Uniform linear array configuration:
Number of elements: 64
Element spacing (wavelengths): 0.5
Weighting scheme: uniform
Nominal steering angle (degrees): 0
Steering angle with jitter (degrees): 1.735
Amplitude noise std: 0.05
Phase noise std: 0.05

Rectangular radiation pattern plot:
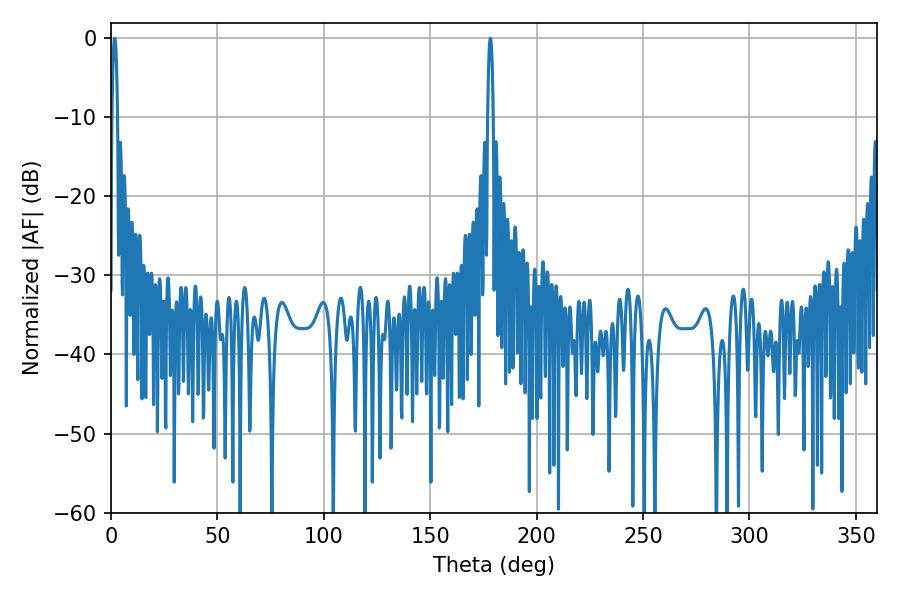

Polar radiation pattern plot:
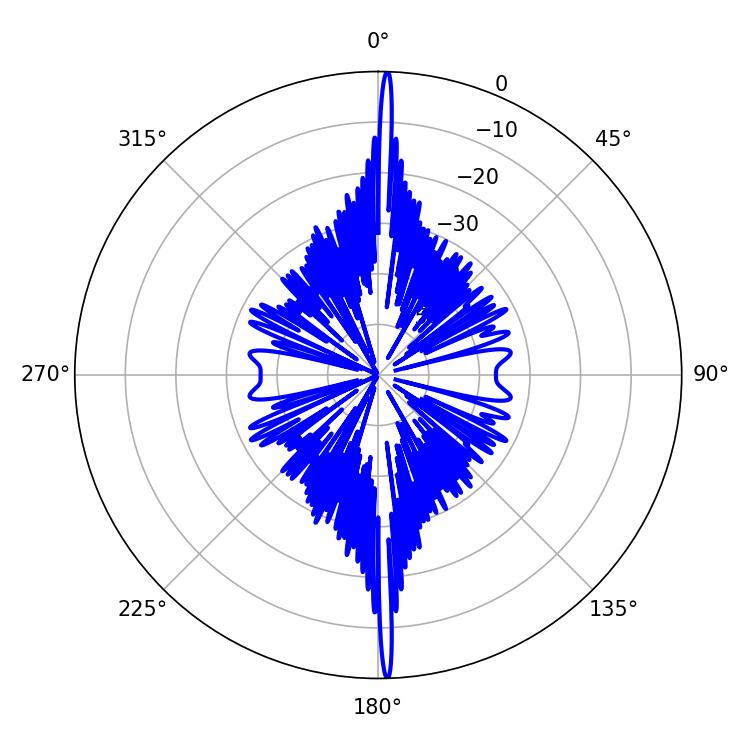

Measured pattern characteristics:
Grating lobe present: FALSE
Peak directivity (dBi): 30.196
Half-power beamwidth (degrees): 1.44
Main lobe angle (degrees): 178.2